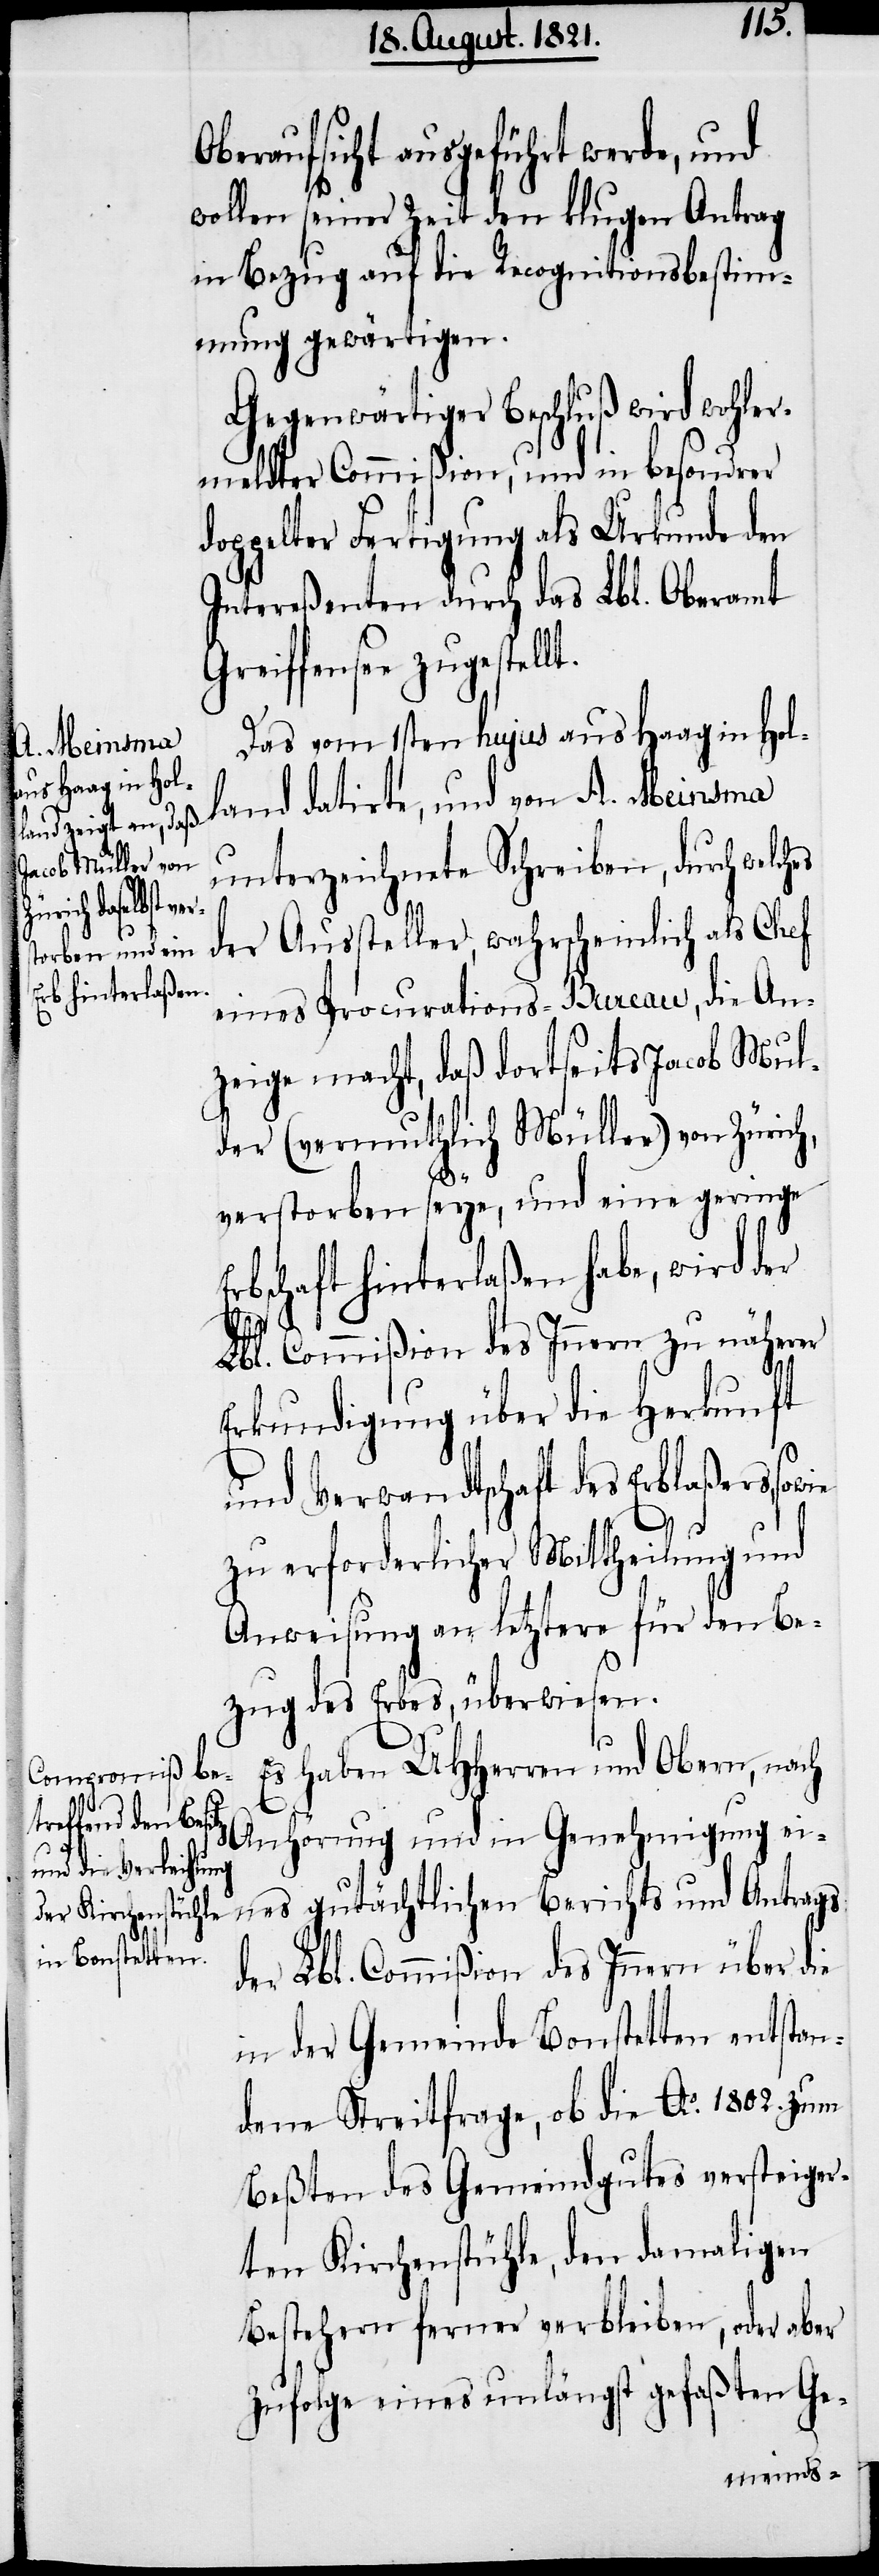
es
Oberaufsicht ausgeführt werde, und
wollen seiner Zeit den klugen Antrag
in Bezug auf die Recognitionsbestimm¬
ungen gewärtigen.
Gegenwärtiger Beschluß wird wohler¬
meldter Commißion, und in besondrer
doppelter Fertigung als Urkunde den
Intereßenten durch das Lbl. Oberamt
fensee zugestell¬
Das vom 1sten hujus aus Haag in Hol¬
Anhörung und
land datirte, und von A. Meinsma
unterzeichnete Schreiben, durch welch¬
der Aussteller, wahrscheinlich als Chef
eines Procurations-Bureau, die An¬
zeige macht, daß dortseits Jacob Mul¬
der (vermutlich Müller) von Zürich,
verstorben seye, und eine geringe
Erbschaft hinterlaßen habe, wird der
Lbl. Commißion des Innern zu näherer
Erkundigung über die Herkunft
und Verwandtschaft des Erblaßers, sow¬
ie
zu erforderlicher Mitteilung und
Anweisung an letztere für den Be¬
zug des Erbes, überwiesen.
Es haben UHHerren und Obern, nach
in Genehmigung eines gutächtlichen Berichts und Antrags
der Lbl. Commißion des Innern über die
in der Gemeinde Bonstetten entstan¬
dene Streitfrage, ob die Ao. 1821. zum
Beßten des Gemeindgutes versteiger¬
ten Kirchenstühle, den damaligen
Bestehern ferner verbleiben, oder aber
zufolge eines unlängst gefaßten Ge-